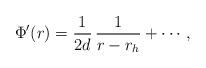
LaTeX: \begin{align*}\Phi'(r) = { 1\over 2 d} \, { 1\over r -r_h} + \cdots,\end{align*}